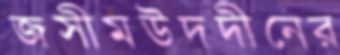
জসীমউদদীনের